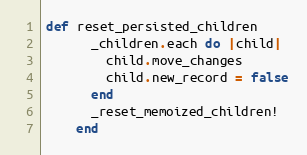
Language: Ruby
def reset_persisted_children
      _children.each do |child|
        child.move_changes
        child.new_record = false
      end
      _reset_memoized_children!
    end